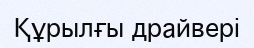
Құрылғы драйвері